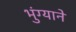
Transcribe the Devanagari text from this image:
भुंग्याने